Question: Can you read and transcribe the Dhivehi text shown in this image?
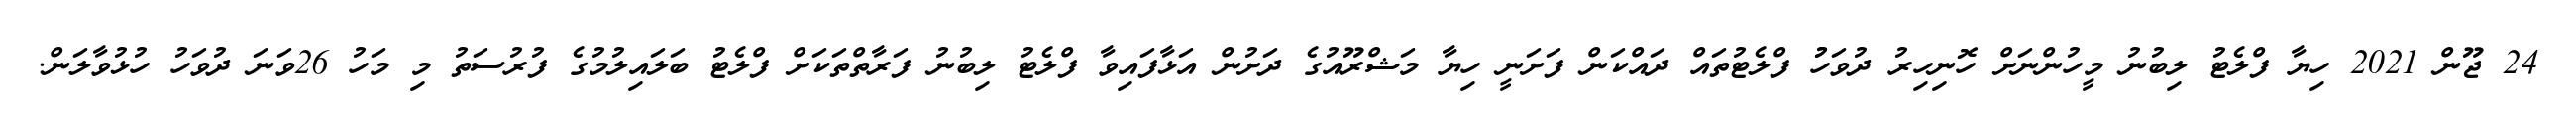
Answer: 24 ޖޫން 2021 ހިޔާ ފްލެޓު ލިބުނު މީހުންނަށް ހޮނިހިރު ދުވަހުު ފްލެޓުތައް ދައްކަން ފަށަނީ ހިޔާ މަޝްރޫއުގެ ދަށުން އަޅާފައިވާ ފްލެޓު ލިބުނު ފަރާތްތަކަށް ފްލެޓު ބަލައިލުމުގެ ފުރުސަތު މި މަހު 26ވަނަ ދުވަހު ހުޅުވާލަން.